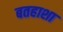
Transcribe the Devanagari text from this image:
बतहाशा